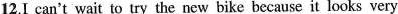
12.I can't wait to try the new bike becauseit looks very